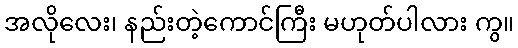
အလိုလေး၊ နည်းတဲ့ကောင်ကြီး မဟုတ်ပါလား ကွ။